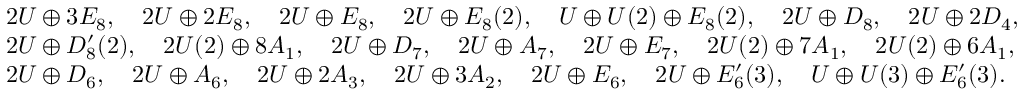
\begin{array} { r l } & { 2 U \oplus 3 E _ { 8 } , \quad 2 U \oplus 2 E _ { 8 } , \quad 2 U \oplus E _ { 8 } , \quad 2 U \oplus E _ { 8 } ( 2 ) , \quad U \oplus U ( 2 ) \oplus E _ { 8 } ( 2 ) , \quad 2 U \oplus D _ { 8 } , \quad 2 U \oplus 2 D _ { 4 } , } \\ & { 2 U \oplus D _ { 8 } ^ { \prime } ( 2 ) , \quad 2 U ( 2 ) \oplus 8 A _ { 1 } , \quad 2 U \oplus D _ { 7 } , \quad 2 U \oplus A _ { 7 } , \quad 2 U \oplus E _ { 7 } , \quad 2 U ( 2 ) \oplus 7 A _ { 1 } , \quad 2 U ( 2 ) \oplus 6 A _ { 1 } , } \\ & { 2 U \oplus D _ { 6 } , \quad 2 U \oplus A _ { 6 } , \quad 2 U \oplus 2 A _ { 3 } , \quad 2 U \oplus 3 A _ { 2 } , \quad 2 U \oplus E _ { 6 } , \quad 2 U \oplus E _ { 6 } ^ { \prime } ( 3 ) , \quad U \oplus U ( 3 ) \oplus E _ { 6 } ^ { \prime } ( 3 ) . } \end{array}